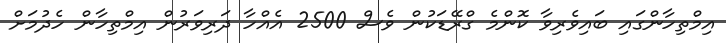
އިމްތިހާންގައި ބައިވެރިވާ ކޮންމެ ގްރޭޑަކުން ވެސް 2500 އެއްހާ ދަރިވަރުން އިމްތިހާން ހެދުމަށް